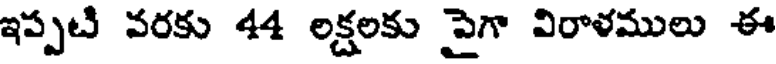
ఇప్పటి వరకు 44 లక్షలకు పైగా విరాళములు ఈ